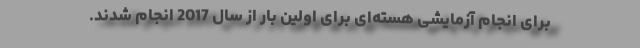
برای انجام آزمایشی هسته‌ای برای اولین بار از سال 2017 انجام شدند.